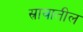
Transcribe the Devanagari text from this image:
स्रावातील